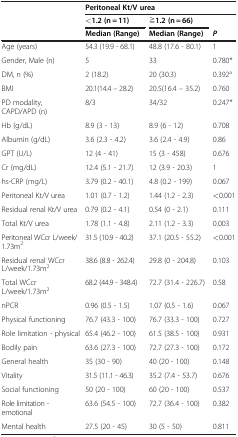
<table><thead><tr><td rowspan="3"><b> </b></td><td colspan="2"><b>Peritoneal Kt/V urea</b></td><td><b> </b></td></tr><tr><td><b>&lt;1.2 (n = 11)</b></td><td><b>≧1.2 (n = 66)</b></td><td><b> </b></td></tr><tr><td><b>Median (Range)</b></td><td><b>Median (Range)</b></td><td><b><i>P</i></b></td></tr></thead><tbody><tr><td>Age (years)</td><td>54.3 (19.9 - 68.1)</td><td>48.8 (17.6 - 80.1)</td><td>1</td></tr><tr><td>Gender, Male (n)</td><td>5</td><td>33</td><td>0.780*</td></tr><tr><td>DM, n (%)</td><td>2 (18.2)</td><td>20 (30.3)</td><td>0.392<sup>a</sup></td></tr><tr><td>BMI</td><td>20.1(14.4 – 28.2)</td><td>20.5(16.4 – 35.2)</td><td>0.760</td></tr><tr><td>PD modality, CAPD/APD (n)</td><td>8/3</td><td>34/32</td><td>0.247*</td></tr><tr><td>Hb (g/dL)</td><td>8.9 (3 - 13)</td><td>8.9 (6 - 12)</td><td>0.708</td></tr><tr><td>Albumin (g/dL)</td><td>3.6 (2.3 - 4.2)</td><td>3.6 (2.4 - 4.9)</td><td>0.86</td></tr><tr><td>GPT (U/L)</td><td>12 (4 - 41)</td><td>15 (3 - 458)</td><td>0.676</td></tr><tr><td>Cr (mg/dL)</td><td>12.4 (5.1 - 21.7)</td><td>12 (3.9 - 20.3)</td><td>1</td></tr><tr><td>hs-CRP (mg/L)</td><td>3.79 (0.2 - 40.1)</td><td>4.8 (0.2 - 199)</td><td>0.067</td></tr><tr><td>Peritoneal Kt/V urea</td><td>1.01 (0.7 - 1.2)</td><td>1.44 (1.2 - 2.3)</td><td>&lt;0.001</td></tr><tr><td>Residual renal Kt/V urea</td><td>0.79 (0.2 - 4.1)</td><td>0.54 (0 - 2.1)</td><td>0.111</td></tr><tr><td>Total Kt/V urea</td><td>1.78 (1.1 - 4.8)</td><td>2.11 (1.2 - 3.3)</td><td>0.003</td></tr><tr><td>Peritoneal WCcr L/week/1.73m<sup>2</sup></td><td>31.5 (10.9 - 40.2)</td><td>37.1 (20.5 - 55.2)</td><td>&lt;0.001</td></tr><tr><td>Residual renal WCcr L/week/1.73m<sup>2</sup></td><td>38.6 (8.8 - 262.4)</td><td>29.8 (0 - 204.8)</td><td>0.103</td></tr><tr><td>Total WCcr L/week/1.73m<sup>2</sup></td><td>68.2 (44.9 - 348.4)</td><td>72.7 (31.4 - 226.7)</td><td>0.58</td></tr><tr><td>nPCR</td><td>0.96 (0.5 - 1.5)</td><td>1.07 (0.5 - 1.6)</td><td>0.067</td></tr><tr><td>Physical functioning</td><td>76.7 (43.3 - 100)</td><td>76.7 (33.3 - 100)</td><td>0.727</td></tr><tr><td>Role limitation - physical</td><td>65.4 (46.2 - 100)</td><td>61.5 (38.5 - 100)</td><td>0.931</td></tr><tr><td>Bodily pain</td><td>63.6 (27.3 - 100)</td><td>72.7 (27.3 - 100)</td><td>0.172</td></tr><tr><td>General health</td><td>35 (30 - 90)</td><td>40 (20 - 100)</td><td>0.148</td></tr><tr><td>Vitality</td><td>31.5 (11.1 - 46.3)</td><td>35.2 (7.4 - 53.7)</td><td>0.676</td></tr><tr><td>Social functioning</td><td>50 (20 - 100)</td><td>60 (20 - 100)</td><td>0.537</td></tr><tr><td>Role limitation - emotional</td><td>63.6 (54.5 - 100)</td><td>72.7 (36.4 - 100)</td><td>0.382</td></tr><tr><td>Mental health</td><td>27.5 (20 - 45)</td><td>30 (5 - 50)</td><td>0.811</td></tr></tbody></table>